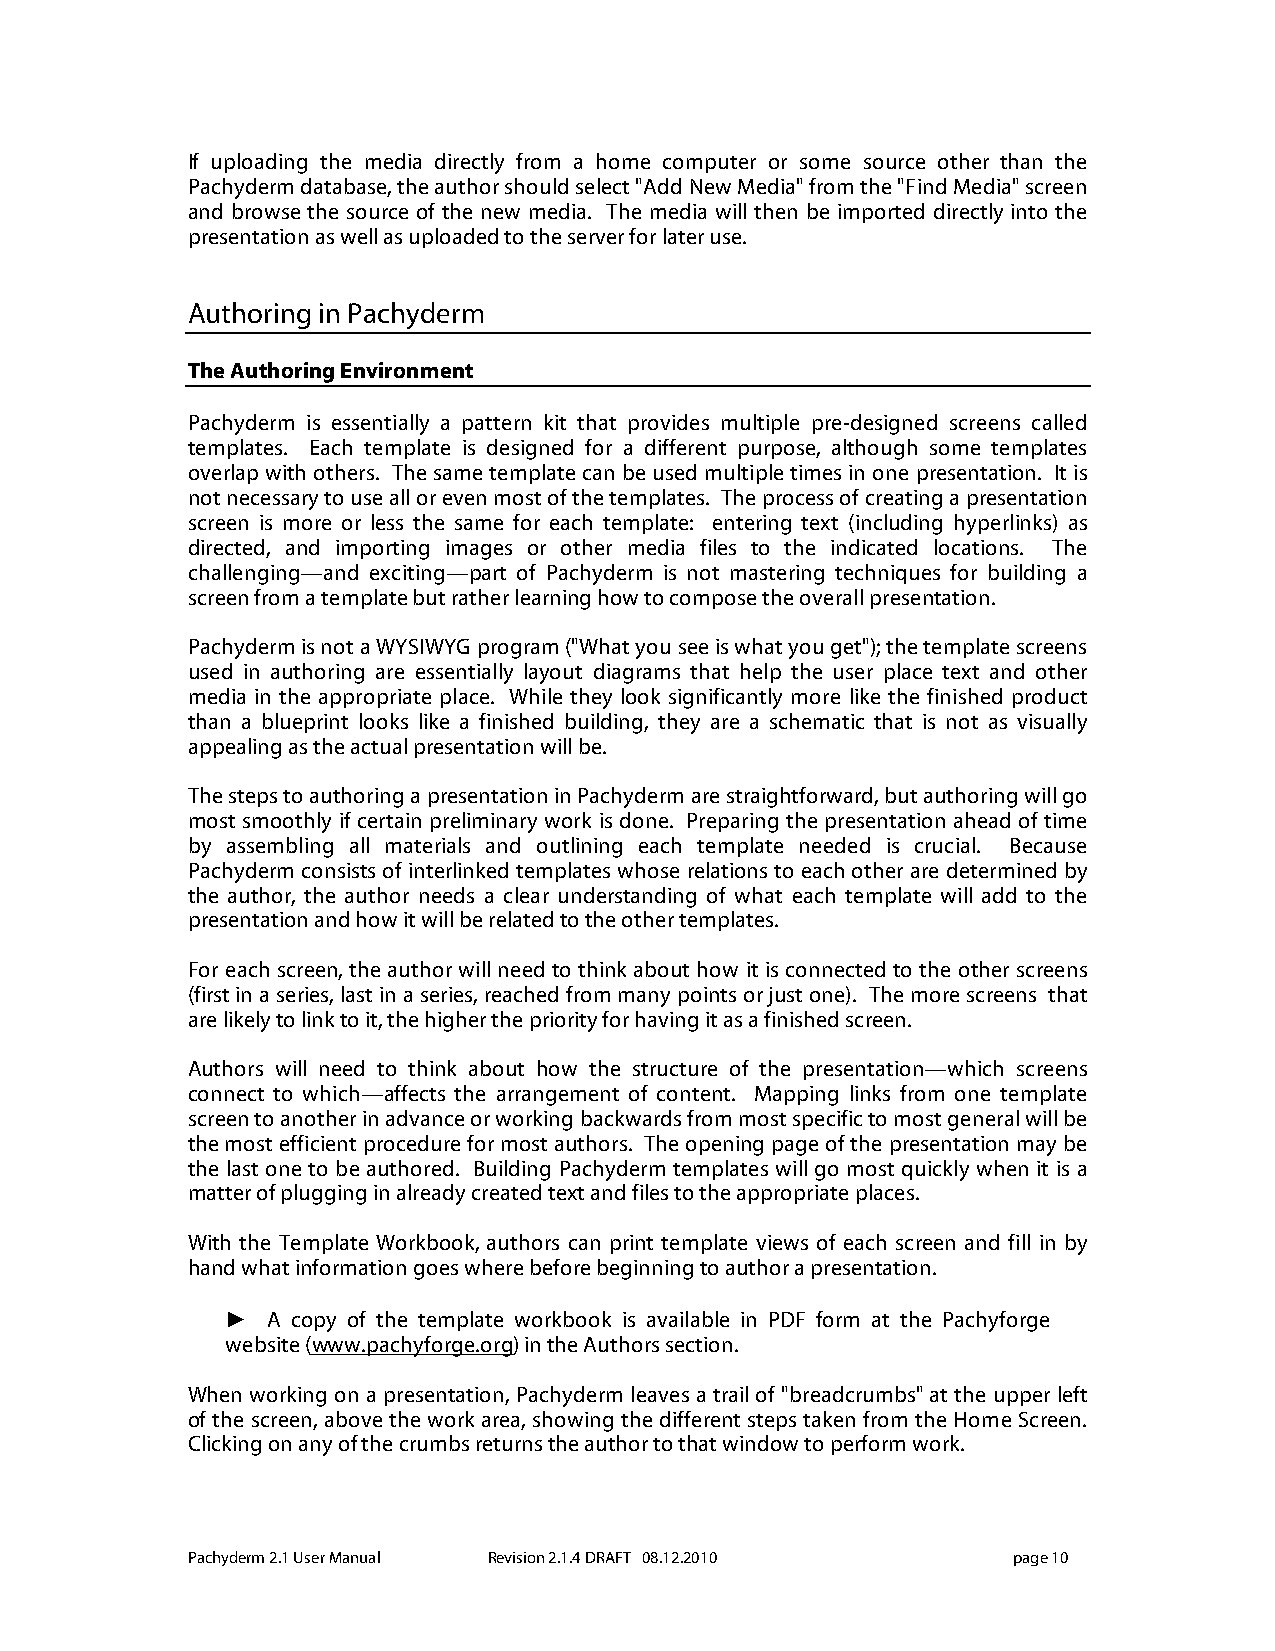
If uploading the media directly from a home computer or some source other than the
 Pachyderm database, the author should select "Add New Media" from the "Find Media" screen
 and browse the source of the new media. The media will then be imported directly into the
 presentation as well as uploaded to the server for later use.
 Authoring in Pachyderm
 The Authoring Environment
 Pachyderm is essentially a pattern kit that provides multiple pre-designed screens called
 templates. Each template is designed for a different purpose, although some templates
 overlap with others. The same template can be used multiple times in one presentation. It is
 not necessary to use all or even most of the templates. The process of creating a presentation
 screen is more or less the same for each template: entering text (including hyperlinks) as
 directed, and importing images or other media files to the indicated locations. The
 challenging—and exciting—part of Pachyderm is not mastering techniques for building a
 screen from a template but rather learning how to compose the overall presentation.
 Pachyderm is not a WYSIWYG program ("What you see is what you get"); the template screens
 used in authoring are essentially layout diagrams that help the user place text and other
 media in the appropriate place. While they look significantly more like the finished product
 than a blueprint looks like a finished building, they are a schematic that is not as visually
 appealing as the actual presentation will be.
 The steps to authoring a presentation in Pachyderm are straightforward, but authoring will go
 most smoothly if certain preliminary work is done. Preparing the presentation ahead of time
 by assembling all materials and outlining each template needed is crucial. Because
 Pachyderm consists of interlinked templates whose relations to each other are determined by
 the author, the author needs a clear understanding of what each template will add to the
 presentation and how it will be related to the other templates.
 For each screen, the author will need to think about how it is connected to the other screens
 (first in a series, last in a series, reached from many points or just one). The more screens that
 are likely to link to it, the higher the priority for having it as a finished screen.
 Authors will need to think about how the structure of the presentation—which screens
 connect to which—affects the arrangement of content. Mapping links from one template
 screen to another in advance or working backwards from most specific to most general will be
 the most efficient procedure for most authors. The opening page of the presentation may be
 the last one to be authored. Building Pachyderm templates will go most quickly when it is a
 matter of plugging in already created text and files to the appropriate places.
 With the Template Workbook, authors can print template views of each screen and fill in by
 hand what information goes where before beginning to author a presentation.
 ►  A copy of the template workbook is available in PDF form at the Pachyforge
 website (www.pachyforge.org) in the Authors section.
 When working on a presentation, Pachyderm leaves a trail of "breadcrumbs" at the upper left
 of the screen, above the work area, showing the different steps taken from the Home Screen.
 Clicking on any of the crumbs returns the author to that window to perform work.
 Pachyderm 2.1 User Manual Revision 2.1.4 DRAFT 08.12.2010 page 10